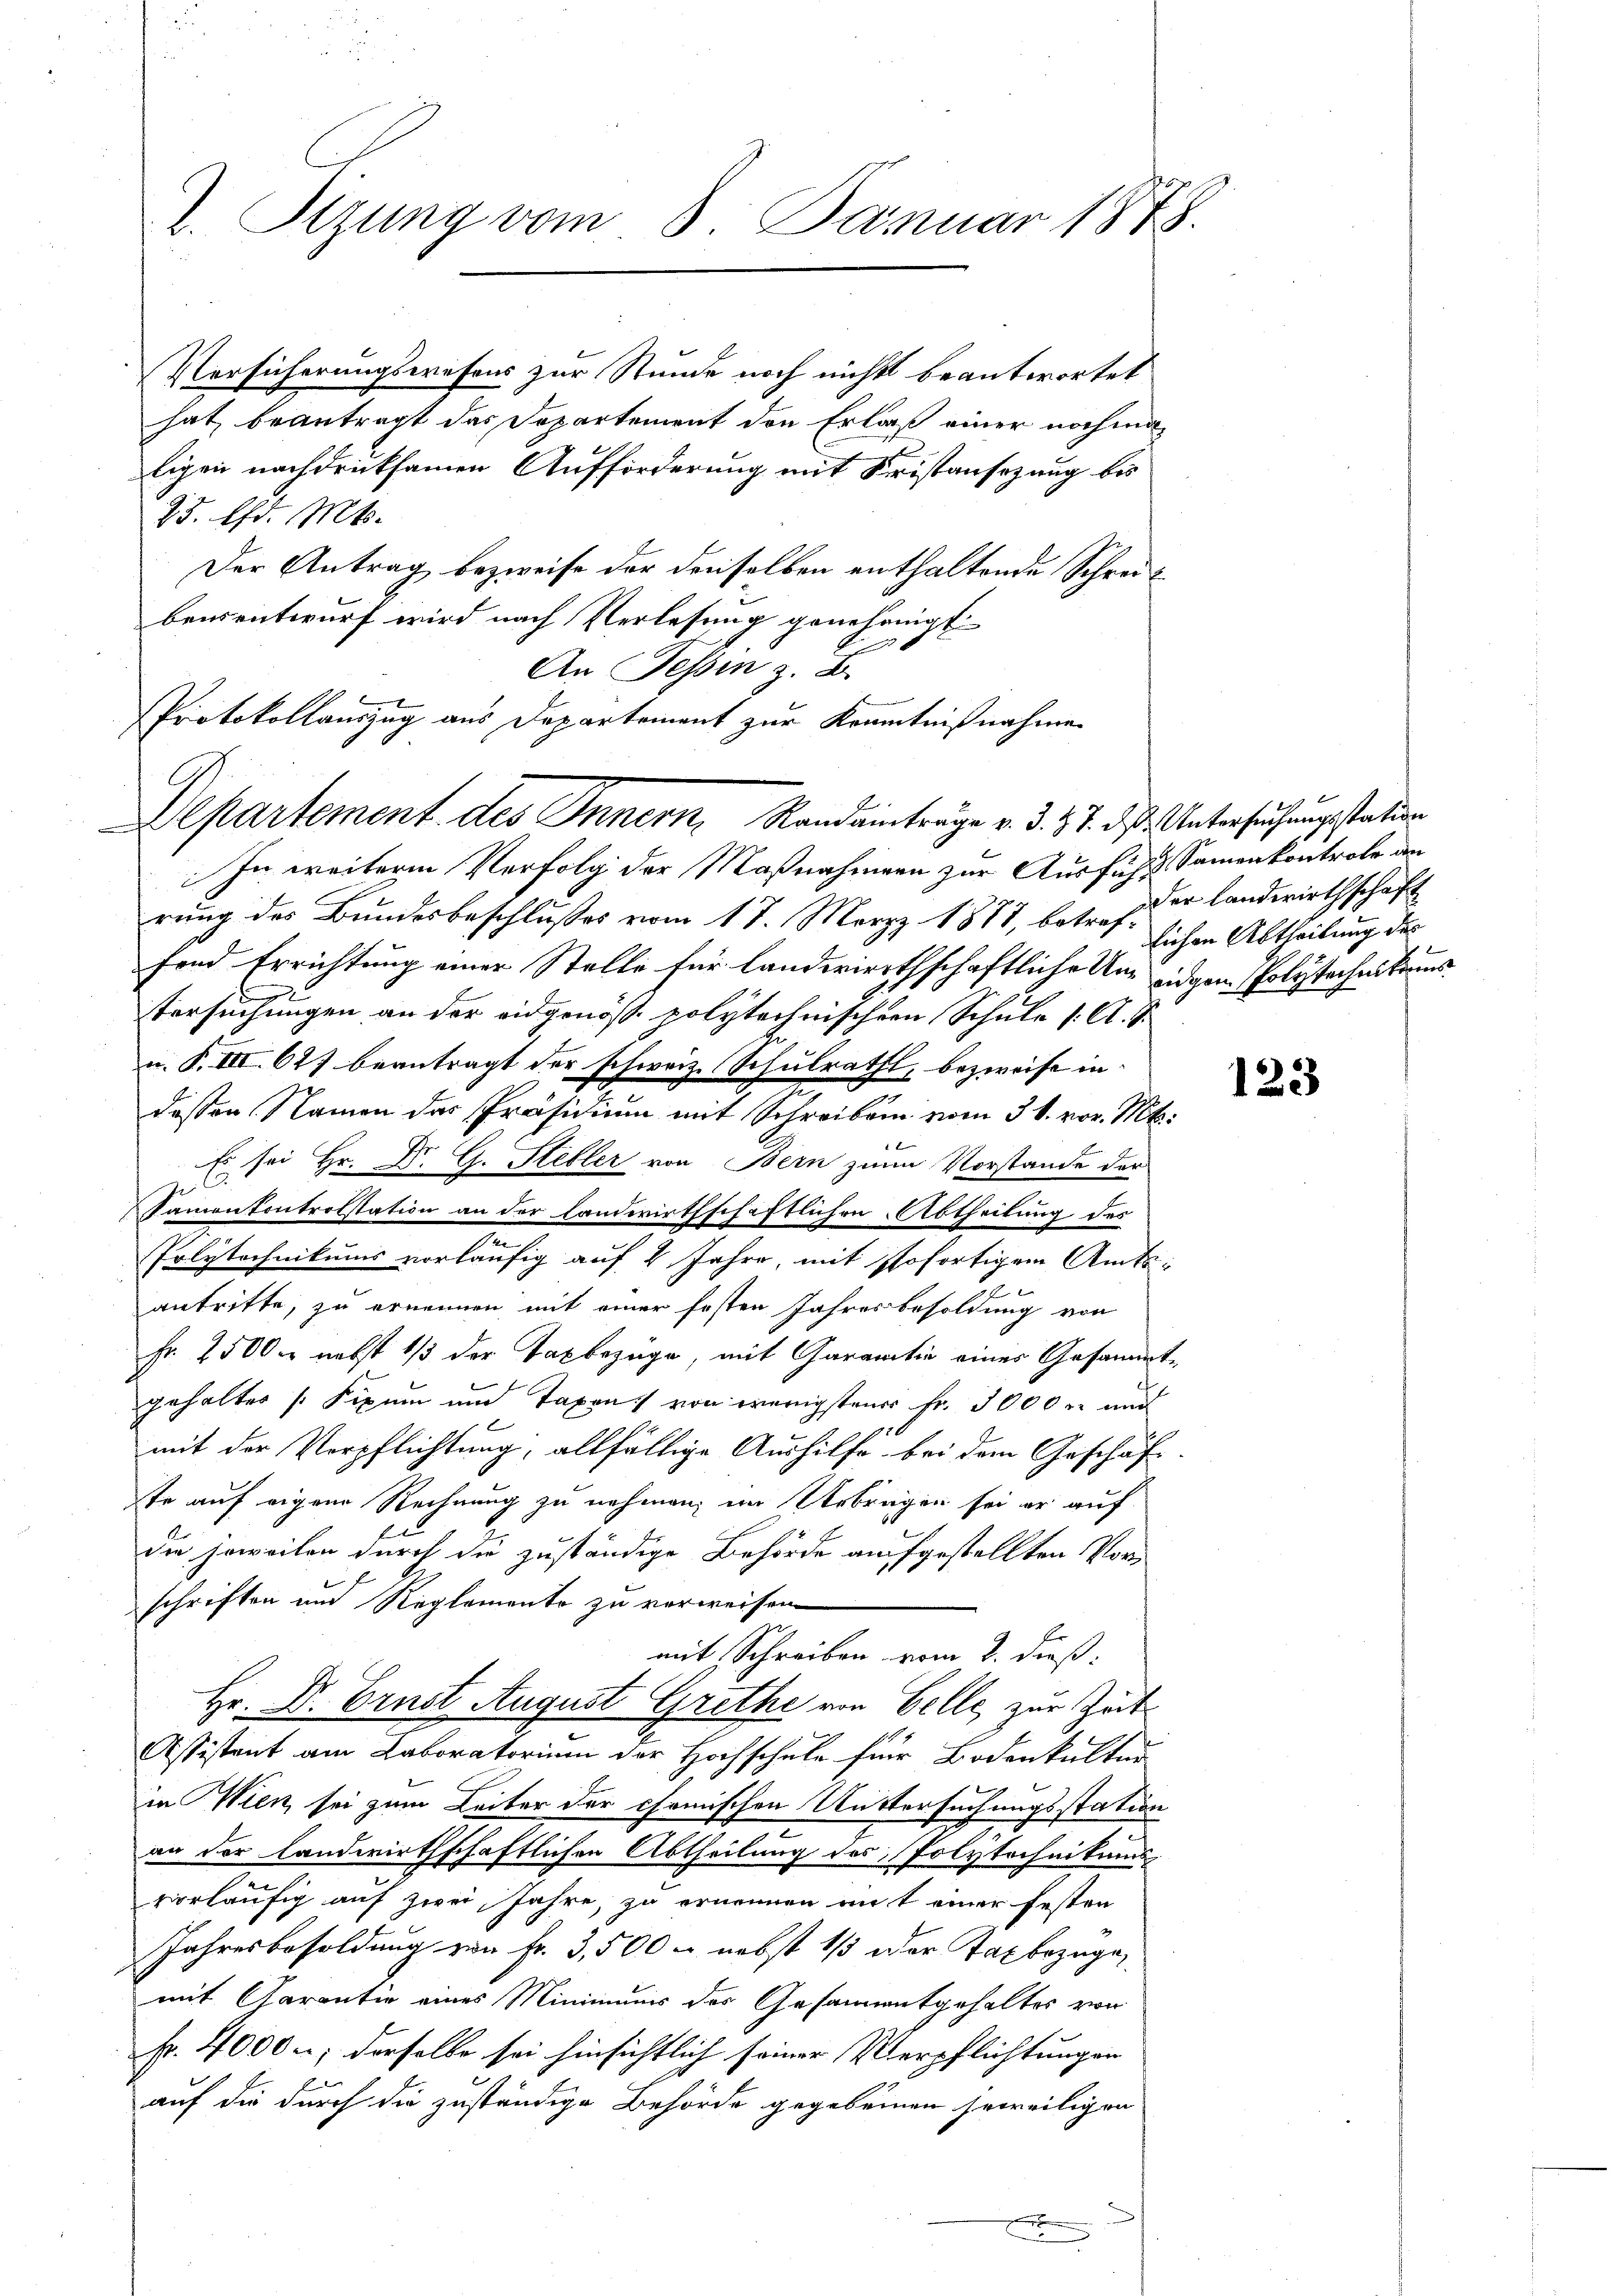
I. Sizung vom 8. Januar 1878.

Versicherungswesens zur Stunde noch nichts beantwortet
hat beantragt das Departement den Erlaß einer nochmatigen nachdrucksamen Aufforderung mit Fristansezung bis
25. d. Mts.
Der Antrag bezweife der denselben enthaltende Schreibensentwurf wird nach Verlesung genehmigt
An Tessin z. B.
PProtokollauszug aus Departement zur Kenntnißnahmen

9
Departement des Innern, Randanträge v. d. 27. d. Untersuchung station

In weitere Verfolg der Maßnahmern zur Ausfühl Sammenkontrole an
rung des Bundesbeschlusses vom 17. März 1877, betreffond Errichtung einer Stelle für landwirthschaftliche Um Eidgen. Polytechenkraus
tersuchungen an der eidgenöss. polytechnischen Schule 1. A. S.
u. F. III 677 beantragt der schweiz. Schulrath, bezweife in
deßen Namen des Präsidium mit Schreiben vom 31. vor. Mts.
s man
Es sei Hr. Dr. G. Steller von Bern zum Vorstande der
2
Namenkontrolstation an der Landwirthschaftlichen Abtheilung des
e
Polytechnikums vorläufig auf 2 Jahre, mit sofortigem Amts¬

antritte, zu ernennen mit einer festen Jahresbesoldung von
Fr. 2500 M nebst 1/3 der Taxbezüge, mit Garantie einer Gesammte
gehalter Fixum und Taxen von wenigsten Fr. 3000 r und
mit der Verpflichtung; allfällige Aushilfe bei dem Geschäft
te auf eigene Rechnung zu nehmen, im Uebrigen sei er auf
die soweilen durch die zuständige Behörde aufgestellten Vor
schriften und Reglemento zu verweisen
mit Schreiben vom 2. dieß:
Hr. Dr. Ernst August Grethe von Belle, zur Zeit
Assistent am Laboratorium der Hochschule für Bodenkultur
in Wien sei zum Leiter der chemischen Rittersuchungsstation
an der landwirthschaftlichen Abtheilung des Polytechnikums
vorläufig auf zwei Jahre, zu ernennen auf einer festen
Jahresbesoldung von Fr. 3,500 - nebst 1/3 der Taxbezüge,
mit Garantie eines Minimums des Gesammtgehaltes von
Fr. 4000; derselbe sei hinsichtlich seiner Verpflichtungen
auf die durch die zuständige Behörde gegebenen jeweiligen

der Landwirthschaft
lichen Abtheilung des

123